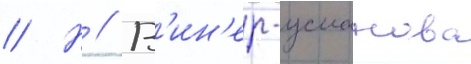
// Н // В'ин'ер-усманова